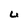
Character: U